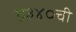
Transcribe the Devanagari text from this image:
ए३४०ची